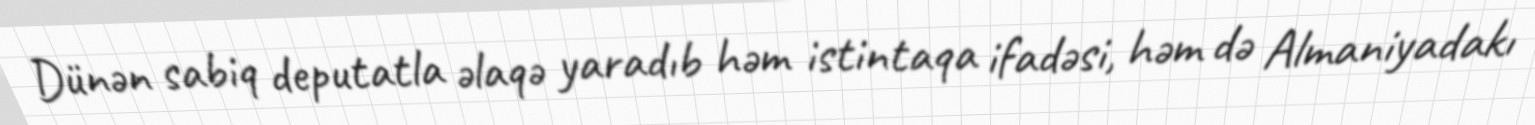
Dünən sabiq deputatla əlaqə yaradıb həm istintaqa ifadəsi, həm də Almaniyadakı